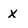
Character: x